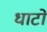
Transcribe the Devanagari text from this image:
धाटों